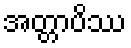
အတ္တာပိဿ